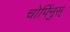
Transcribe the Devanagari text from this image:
चोर्पिनुस्